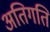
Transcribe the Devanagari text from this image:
अतिगति